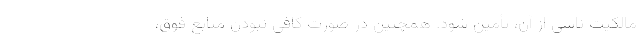
مالکیت ناشی از آن، تأمین شود. همچنین در صورت کافی نبودن منابع فوق،